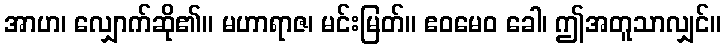
အာဟ၊ လျှောက်ဆို၏။ မဟာရာဇ၊ မင်းမြတ်။ ဧဝမေဝ ခေါ၊ ဤအတူသာလျှင်။